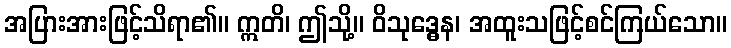
အပြားအားဖြင့်သိရာ၏။ ဣတိ၊ ဤသို့။ ဝိသုဒ္ဓေန၊ အထူးသဖြင့်စင်ကြယ်သော။